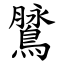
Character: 䳮